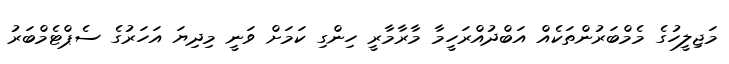
މަޖިލީހުގެ މެމްބަރުންތަކެއް އަބްދުއްރަހީމާ މާރާމާރީ ހިންގި ކަމަށް ވަނީ މިދިޔަ އަހަރުގެ ސެޕްޓެމްބަރު